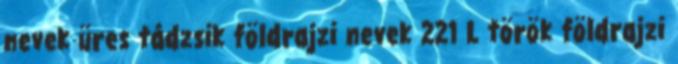
nevek‎ üres tádzsik földrajzi nevek‎ 221 L török földrajzi